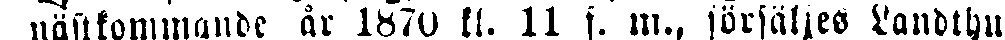
nästkommande år 1870 kl. 11. f. m., försäljes Landthu